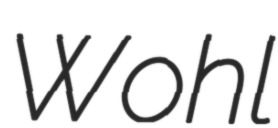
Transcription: Wohl